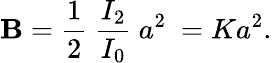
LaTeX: \mathbf{B}=\frac{{1}}{{2}}~\frac{{I_{2}}}{{I_{0}}}~a^{2}~=Ka^{2}.